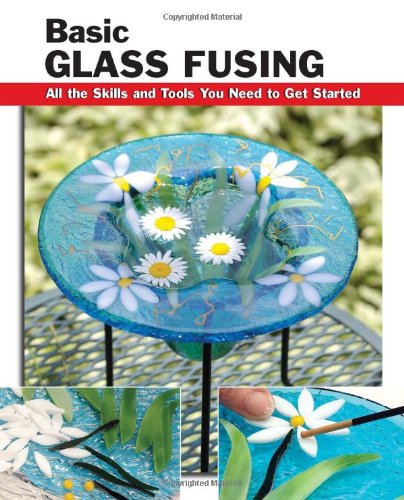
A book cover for Basic Glass Fusing: All the Skills and Tools You Need to Get Started (How To Basics); Lynn Haunstein; Crafts, Hobbies & Home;